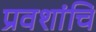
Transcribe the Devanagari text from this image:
प्रवशांचि